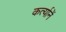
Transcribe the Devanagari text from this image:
कर्त्यानें